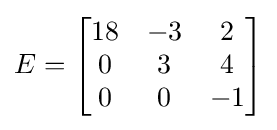
E={\begin{bmatrix}18&-3&2\\0&3&4\\0&0&-1\end{bmatrix}}